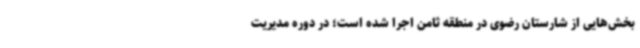
بخش‌هایی از شارستان رضوی در منطقه ثامن اجرا شده‌ است؛ در دوره‌ مدیریت